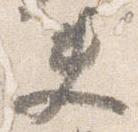
夫